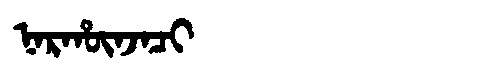
Manchu: ᠨᠠᡵᡥᡡᠨᠵᠠᠴᡳ
Romanization: NARHŪNJACI